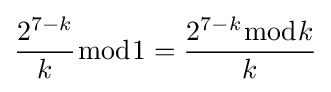
{\frac {2^{7-k}}{k}}{\bmod {1}}={\frac {2^{7-k}{\bmod {k}}}{k}}